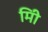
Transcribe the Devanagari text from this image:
मिी